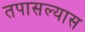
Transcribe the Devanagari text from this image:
तपासल्यास